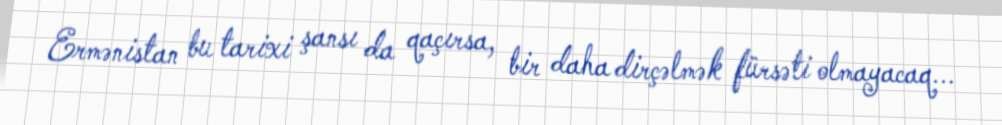
Ermənistan bu tarixi şansı da qaçırsa, bir daha dirçəlmək fürsəti olmayacaq...